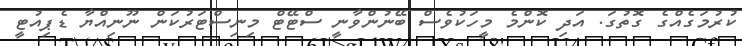
ކުރުމަގެއްގެ ގޮތުގަ. އަދި ކޮންމެ މީހަކުވެސް ބޭނުންވާނީ ސްޓޭޓް މިނިސްޓަރުކަން ނޫނިއްޔާ ޑެޕިއުޓީ